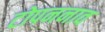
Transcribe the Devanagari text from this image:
टोपननाव